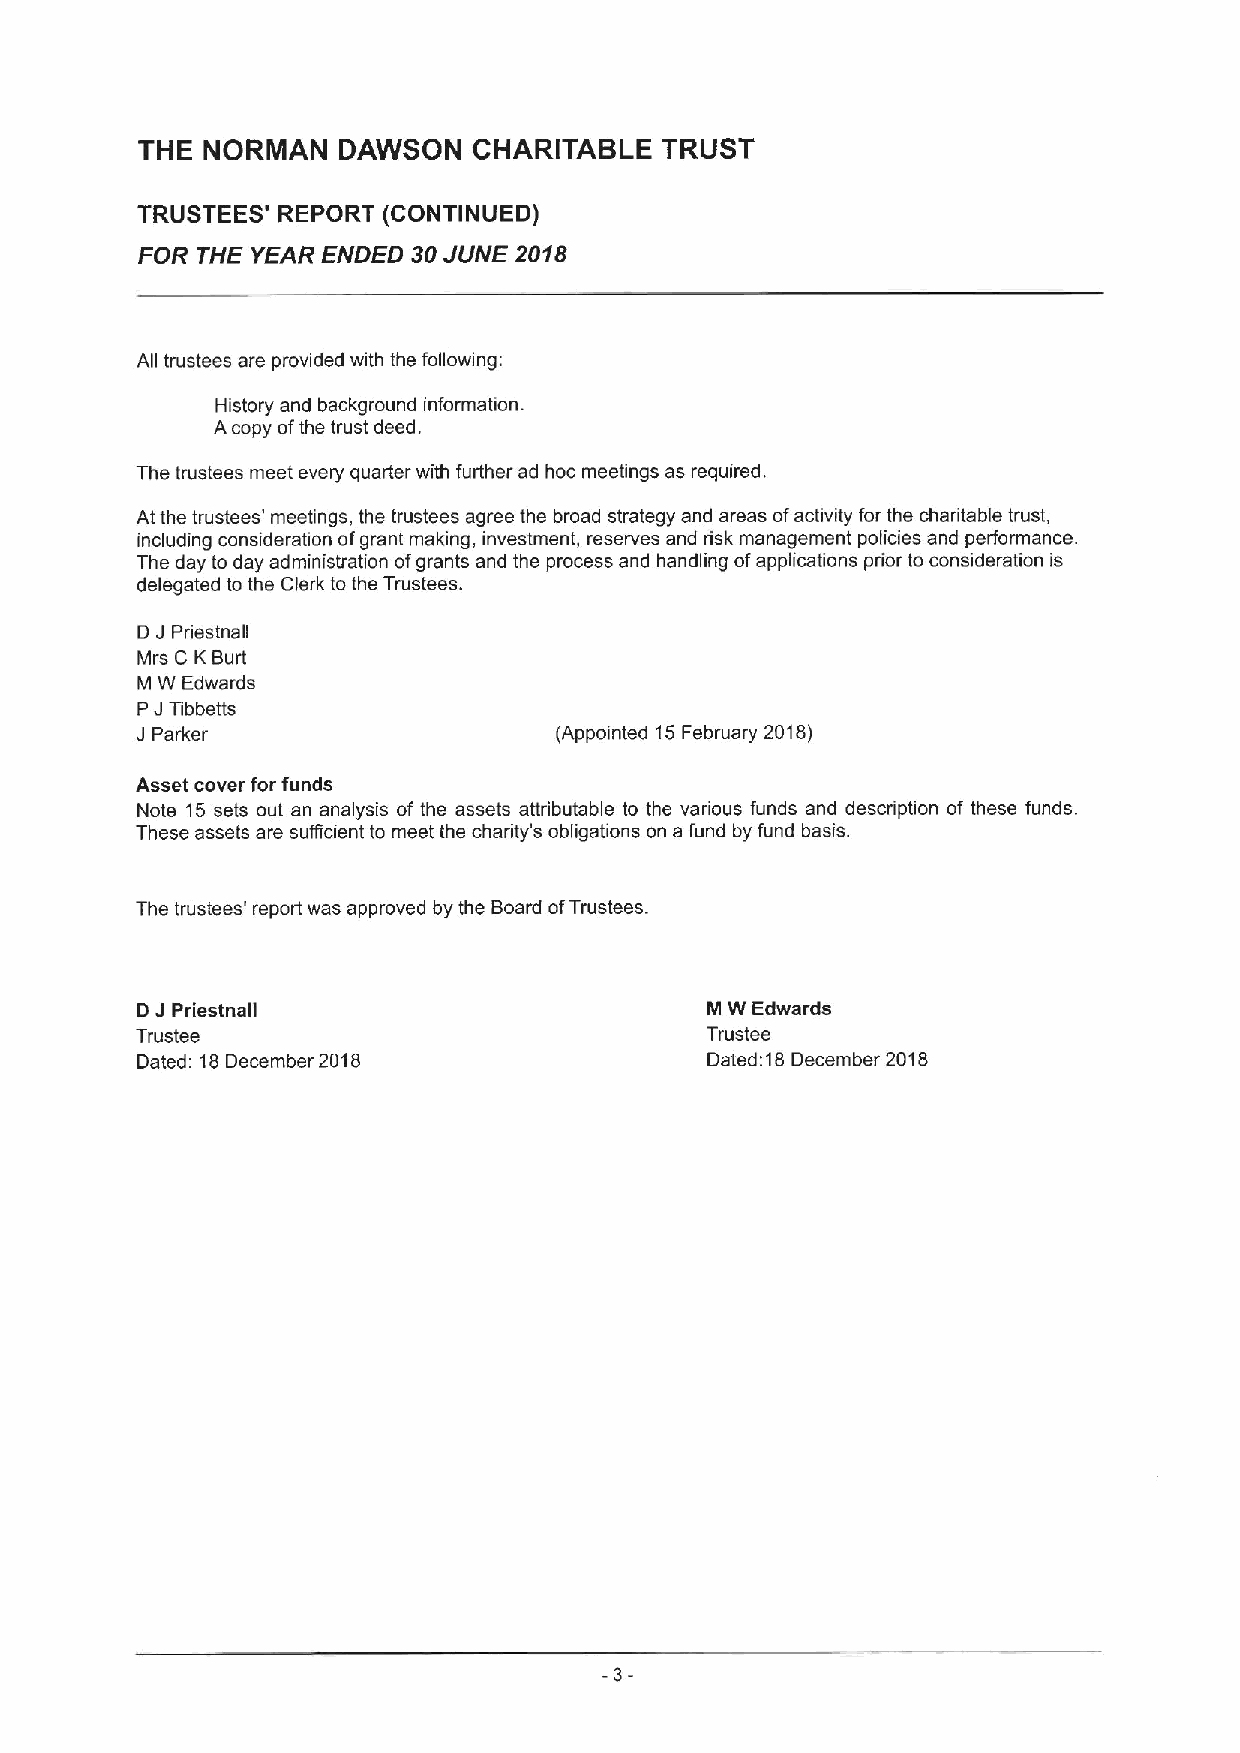
THE NORMAN   DAWSON   CHARITABLE   TRUST
 TRUSTEES' REPORT (CONTINUED)
 FOR THE YEAR ENDED 30JUNE 2018
 All trustees are provided with the following:
 History and background information.
 Acopy ofthe trust deed.
 The trustees meet every quarter with further ad hoc meetings as required.
 At the trustees' meetings, the trustees agree the broad strategy and areas ofactivity for the charitable trust,
 including consideration ofgrant making, investment, reserves and risk management policies and performance.
 The day to day administration ofgrants and the process and handling ofapplications prior to consideration is
 delegated to the Clerk to the Trustees.
 D J Priestnall
 Mrs C KBurt
 M W Edwards
 PJTibbetts
 J Parker                    (Appointed 15February 2018)
 Asset cover for funds
 Note 15 sets out an analysis of the assets attributable to the various funds and description of these funds.
 These assets are sufficient to meet the charity's obligations on a fund by fund basis.
 The trustees' report was approved by the Board ofTrustees.
 D JPriestnall                         M W Edwards
 Trustee                               Trustee
 Dated: 18December 2018                Dated:18 December 2018